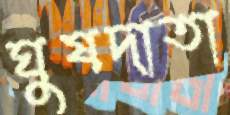
ঘুষদাতা